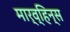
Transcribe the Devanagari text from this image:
मार्व्हिन्स